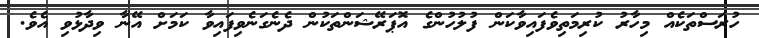
ހުރަސްތަކެއް މިހާރު ކުރިމަތިވެފައިވާކަން ފުލުހުންގެ އޮޕަރޭޝަންތަކުން ދެނެގަނެވިފައިވާ ކަމަށް އޭނާ ވިދާޅުވި އެވެ.